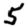
Digit: 5